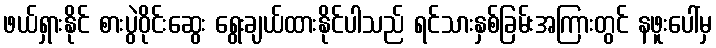
ဖယ်ရှားနိုင် စားပွဲဝိုင်းဆွေး ရွေးချယ်ထားနိုင်ပါသည် ရင်သားနှစ်ခြမ်းအကြားတွင် နဖူးပေါ်မှ